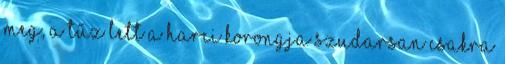
meg, a tűz lett a harci korongja szudarsan csakra